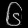
Digit: ၆